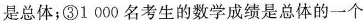
是总体；③1000名考生的数学成绩是总体的一个